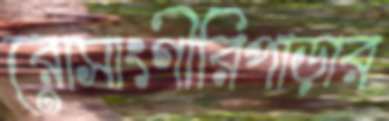
রোসাংগীরিপাড়ার